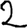
Digit: 2